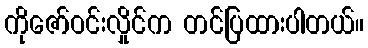
ကိုဇော်ဝင်းလှိုင်က တင်ပြထားပါတယ်။